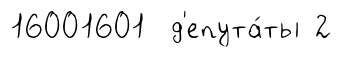
16001601 д'епута́ты 2